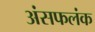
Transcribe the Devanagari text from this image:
अंसफलंक